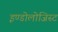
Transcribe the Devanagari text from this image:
इण्डोलोजिस्ट